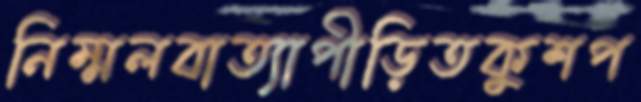
নিম্মলবাত্যাপীড়িতকুশপ